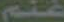
غنم